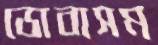
ডোবাসম